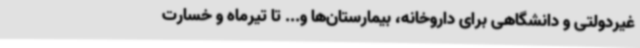
غیردولتی و دانشگاهی برای داروخانه، بیمارستان‌ها و... تا تیرماه و خسارت